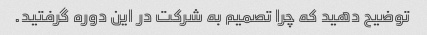
توضیح دهید که چرا تصمیم به شرکت در این دوره گرفتید.